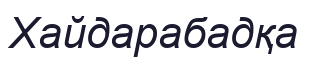
Хайдарабадқа